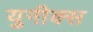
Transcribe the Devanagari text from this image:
युनीक्स